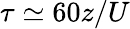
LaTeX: \tau\simeq 60z/U